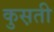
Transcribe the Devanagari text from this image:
कुस़ती